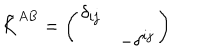
LaTeX: \tilde { K } ^ { A B } = \left( \begin{array} { l l } { { \delta _ { i j } } } & { { } } \\ { { } } & { { - \delta ^ { i j } } } \\ \end{array} \right)